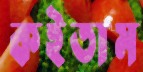
কইতাম